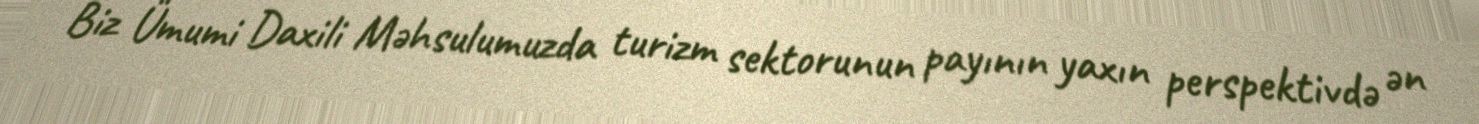
Biz Ümumi Daxili Məhsulumuzda turizm sektorunun payının yaxın perspektivdə ən